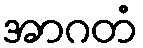
အာဂတံ